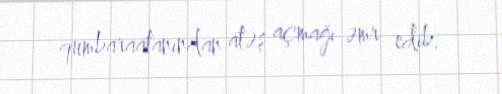
qumbaraatanından atəş açmağı əmr edib.